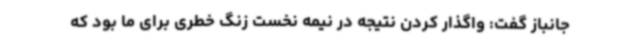
جانباز گفت: واگذار کردن نتیجه در نیمه نخست زنگ خطری برای ما بود که